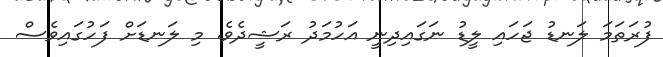
ފުރަތަމަ ލަނޑު ޖަހައި ލީޑު ނަގައިދިނީ އަހުމަދު ރަޝީދެވެ. މި ލަނޑަށް ފަހުގައިވެސް